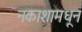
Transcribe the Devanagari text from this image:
नकाशामधून